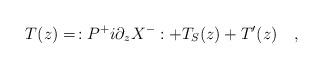
LaTeX: \begin{align*}T(z)=\,:P^{+}i\partial _zX^{-}:+T_S(z)+T^{\prime }(z)\quad ,\end{align*}